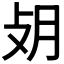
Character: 𢻿